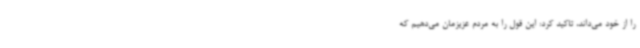
را از خود می‌داند، تاکید کرد: این قول را به مردم عزیزمان می‌دهیم که